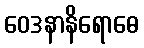
ဝေဒနာနိရောဓေ